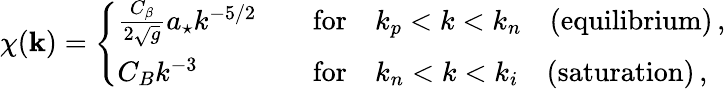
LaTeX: \chi(\mathbf{k})=\Bigg\{ \begin{array}{ll}{\frac{C_{\beta}}{2\sqrt{g}}a_{\star}k^{-5/2}\quad}&{\mathrm{for}\quad k_{p}<k<k_{n}\quad\mathrm{(equilibrium)}\, ,}\\ {C_{B}k^{-3}\quad}&{\mathrm{for}\quad k_{n}<k<k_{i}\quad\mathrm{(saturation)}\, ,}\end{array}